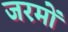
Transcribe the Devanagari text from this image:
जरमों